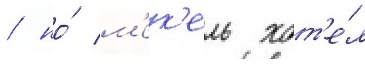
/ но́ м'ек'ель хот'е́л